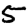
Digit: 5